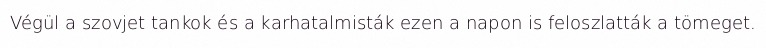
Végül a szovjet tankok és a karhatalmisták ezen a napon is feloszlatták a tömeget.